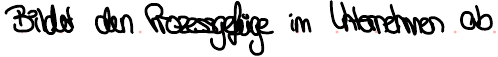
Bildet den Prozessgefüge im Unternehmen ab